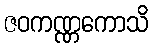
ဇဝကဏ္ဏကောသိ